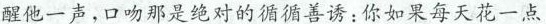
醒他一声，口吻那是绝对的循循善诱：你如果每天花一点